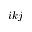
i k j